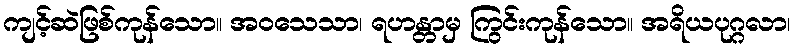
ကျင့်ဆဲဖြစ်ကုန်သော။ အဝသေသာ၊ ရဟန္တာမှ ကြွင်းကုန်သော။ အရိယပုဂ္ဂလာ၊